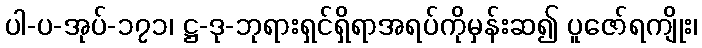
ပါ-ပ-အုပ်-၁၇၁၊ ဋ္ဌ-ဒု-ဘုရားရှင်ရှိရာအရပ်ကိုမှန်းဆ၍ ပူဇော်ရကျိုး၊